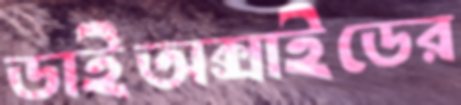
ডাইঅক্সাইডের